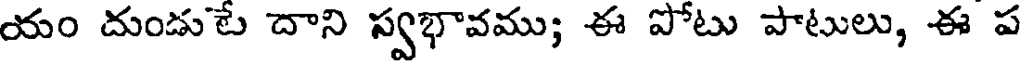
యం దుండుటే దాని స్వభావము; ఈ పోటు పాటులు, ఈ ప